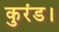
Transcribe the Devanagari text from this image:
कुरंड।